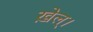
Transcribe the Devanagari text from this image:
ख़ेल्।